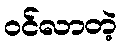
ဝင်လာတဲ့